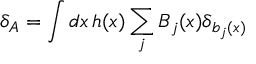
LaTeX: \delta _ { A } = \int d x \, h ( x ) \sum _ { j } B _ { j } ( x ) \delta _ { b _ { j } ( x ) }